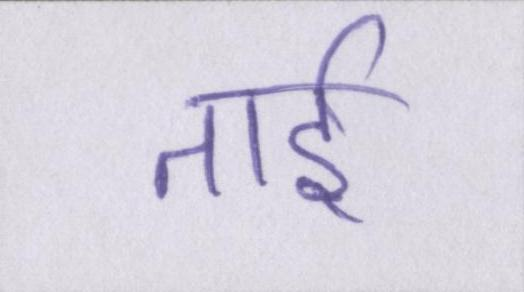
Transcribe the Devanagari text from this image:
ताई